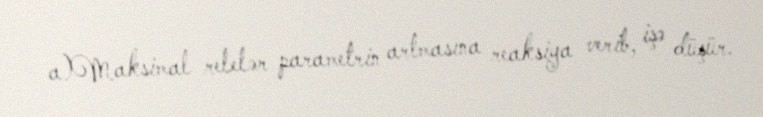
a)Maksimal relelər parametrin artmasına reaksiya verib, işə düşür.